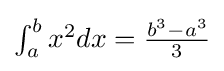
\textstyle \int _{a}^{b}x^{2}dx={\frac {b^{3}-a^{3}}{3}}